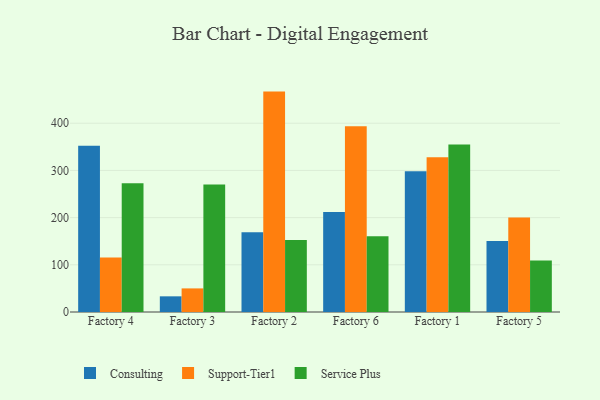
{"axis": {"x": "Factory", "y": "Tickets Resolved"}, "legend": ["Consulting", "Service Plus", "Support-Tier1"], "data": [{"x": "Factory 4", "y": 352.1, "type": "Consulting"}, {"x": "Factory 4", "y": 115.4, "type": "Support-Tier1"}, {"x": "Factory 4", "y": 272.7, "type": "Service Plus"}, {"x": "Factory 3", "y": 33.2, "type": "Consulting"}, {"x": "Factory 3", "y": 50.0, "type": "Support-Tier1"}, {"x": "Factory 3", "y": 270.4, "type": "Service Plus"}, {"x": "Factory 2", "y": 169.2, "type": "Consulting"}, {"x": "Factory 2", "y": 467.0, "type": "Support-Tier1"}, {"x": "Factory 2", "y": 152.4, "type": "Service Plus"}, {"x": "Factory 6", "y": 212.1, "type": "Consulting"}, {"x": "Factory 6", "y": 393.7, "type": "Support-Tier1"}, {"x": "Factory 6", "y": 160.3, "type": "Service Plus"}, {"x": "Factory 1", "y": 298.3, "type": "Consulting"}, {"x": "Factory 1", "y": 327.8, "type": "Support-Tier1"}, {"x": "Factory 1", "y": 355.1, "type": "Service Plus"}, {"x": "Factory 5", "y": 150.2, "type": "Consulting"}, {"x": "Factory 5", "y": 200.0, "type": "Support-Tier1"}, {"x": "Factory 5", "y": 109.3, "type": "Service Plus"}]}